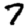
Digit: 7